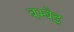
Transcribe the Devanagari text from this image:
बम्बैइ